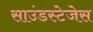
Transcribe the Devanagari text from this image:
साउंडस्टेजेस